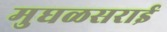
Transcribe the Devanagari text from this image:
मुघळसराई